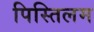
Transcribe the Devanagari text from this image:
पिस्तिलम